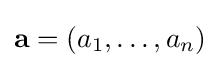
{\bf {a}}=(a_{1},\ldots ,a_{n})